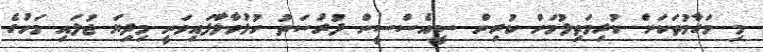
މި މަގާމުތަކަށް ކުރިމަތިލުމަށް ކުރިން ސީއެސްސީން ފުރުސަތު ހުޅުވާލާފައިވަނީ މިދިޔަ ޖުލައި މަހުގެ